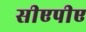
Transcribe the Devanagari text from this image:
सीएपीए